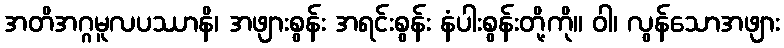
အတိအဂ္ဂမူလပဿာနိ၊ အဖျားစွန်း အရင်းစွန်း နံပါးစွန်းတို့ကို။ ဝါ၊ လွန်သောအဖျား